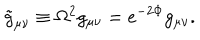
{ \tilde { g } } _ { \mu \nu } \equiv \Omega ^ { 2 } g _ { \mu \nu } = e ^ { - 2 \Phi } g _ { \mu \nu } .